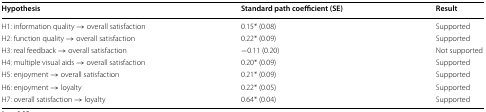
<table><thead><tr><td><b>Hypothesis</b></td><td><b>Standard path coefficient (SE)</b></td><td><b>Result</b></td></tr></thead><tbody><tr><td>H1: information quality → overall satisfaction</td><td>0.15* (0.08)</td><td>Supported</td></tr><tr><td>H2: function quality → overall satisfaction</td><td>0.22* (0.09)</td><td>Supported</td></tr><tr><td>H3: real feedback → overall satisfaction</td><td>−0.11 (0.20)</td><td>Not supported</td></tr><tr><td>H4: multiple visual aids → overall satisfaction</td><td>0.20* (0.09)</td><td>Supported</td></tr><tr><td>H5: enjoyment → overall satisfaction</td><td>0.21* (0.09)</td><td>Supported</td></tr><tr><td>H6: enjoyment → loyalty</td><td>0.22* (0.05)</td><td>Supported</td></tr><tr><td>H7: overall satisfaction → loyalty</td><td>0.64* (0.04)</td><td>Supported</td></tr></tbody></table>